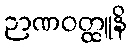
ဉာဏဝတ္ထူနိ